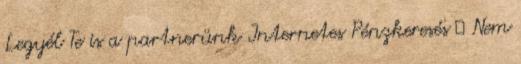
Legyél Te is a partnerünk Internetes Pénzkeresés ↳ Nem